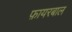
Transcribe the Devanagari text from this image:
फ़ायरबाल